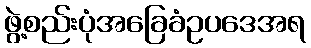
ဖွဲ့စည်းပုံအခြေခံဥပဒေအရ